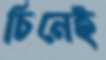
চিনেই